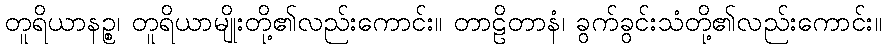
တူရိယာနဉ္စ၊ တူရိယာမျိုးတို့၏လည်းကောင်း။ တာဠိတာနံ၊ ခွက်ခွင်းသံတို့၏လည်းကောင်း။